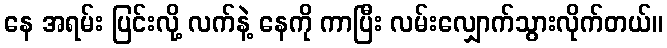
နေ အရမ်း ပြင်းလို့ လက်နဲ့ နေကို ကာပြီး လမ်းလျှောက်သွားလိုက်တယ်။